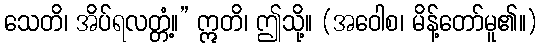
သေတိ၊ အိပ်ရလတ္တံ့။” ဣတိ၊ ဤသို့။ (အဝေါစ၊ မိန့်တော်မူ၏။)